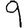
Digit: 9